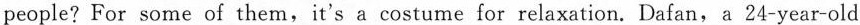
people? For some of them,it's a costume for relaxation. Dafan, a 24-year-old